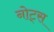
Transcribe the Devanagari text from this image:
नोट्‍स